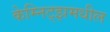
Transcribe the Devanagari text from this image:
केम्निट्झमधील